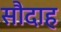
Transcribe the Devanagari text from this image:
सौदाह